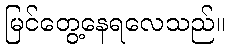
မြင်တွေ့နေရလေသည်။